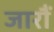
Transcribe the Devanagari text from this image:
जारौं